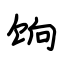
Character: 饷